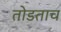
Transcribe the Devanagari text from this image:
तोडताच